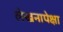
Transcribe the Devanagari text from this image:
लेखनापेक्षा